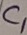
Text: c1